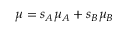
\mu = s _ { A } \mu _ { A } + s _ { B } \mu _ { B }